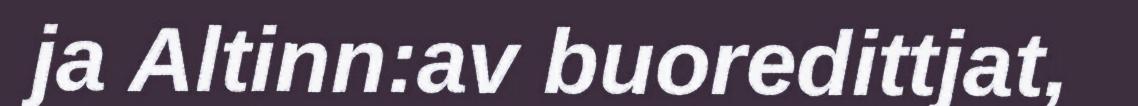
ja Altinn:av buoredittjat,